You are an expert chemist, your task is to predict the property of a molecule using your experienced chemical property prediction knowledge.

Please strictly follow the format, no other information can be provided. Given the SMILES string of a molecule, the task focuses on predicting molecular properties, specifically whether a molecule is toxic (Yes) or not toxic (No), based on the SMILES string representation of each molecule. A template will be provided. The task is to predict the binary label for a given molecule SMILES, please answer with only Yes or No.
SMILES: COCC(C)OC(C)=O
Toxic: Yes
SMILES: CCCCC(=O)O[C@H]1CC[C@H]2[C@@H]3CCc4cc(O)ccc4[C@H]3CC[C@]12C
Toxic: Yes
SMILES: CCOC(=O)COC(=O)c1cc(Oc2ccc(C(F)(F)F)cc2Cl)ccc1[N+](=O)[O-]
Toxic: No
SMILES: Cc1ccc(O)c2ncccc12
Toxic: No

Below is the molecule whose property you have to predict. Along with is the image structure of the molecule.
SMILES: CC(C)C1CCC(Cc2ccc(Cl)cc2)C1(O)Cn1cncn1
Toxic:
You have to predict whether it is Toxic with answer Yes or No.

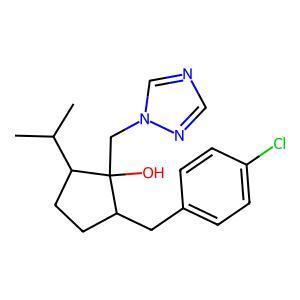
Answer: No